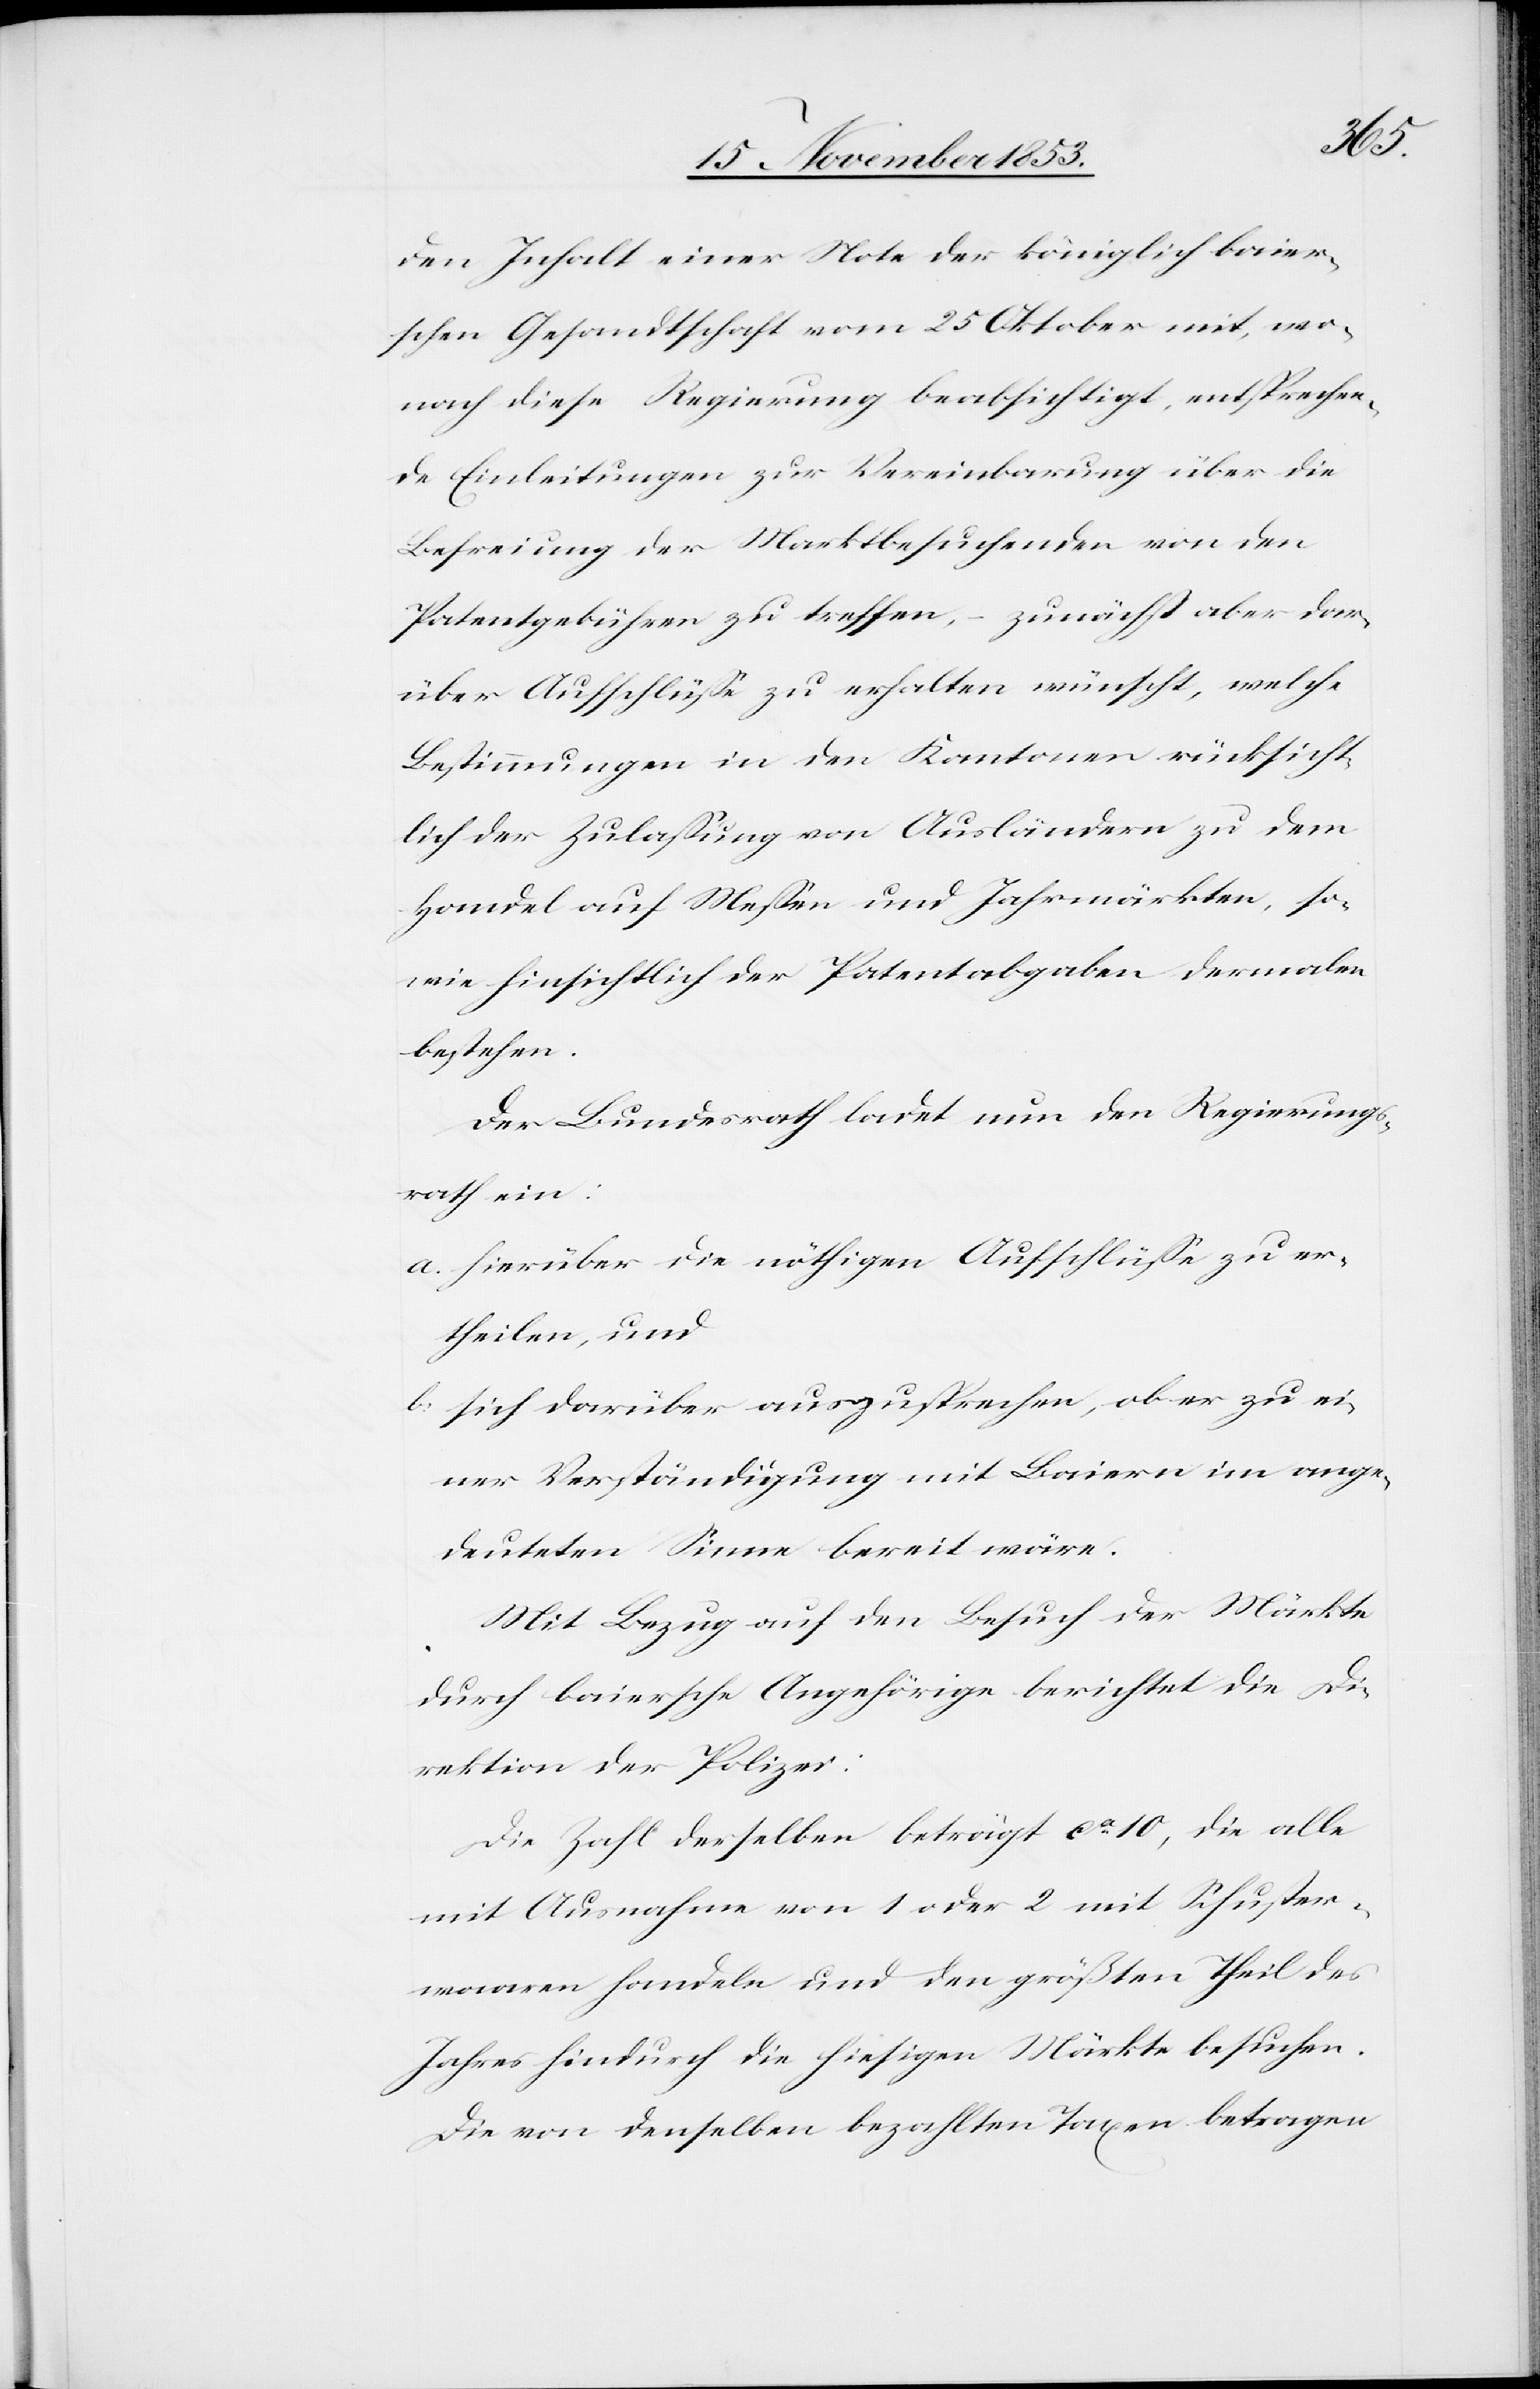
wo¬
den Inhalt einer Note der königlichen
nach diese Regierung beabsichtigt, entsprechen¬
de Einleitungen zur Vereinbarung über die
Befreiung der Marktbesuchenden von den
Patentgebühren zu treffen, – zunächst aber dar¬
über Aufschlüße zu erhalten wünscht, welche
Bestimmungen in den Kantonen rücksicht¬
lich der Zulaßung von Ausländern zu dem
Handel auf Meßen und Jahrmärkten, so¬
wie hinsichtlich der Patentabgaben dermalen
bestehen.
Der Bundesrath ladet nun den Regierungs¬
rath ein:
a. Hierüber die nöthigen Aufschlüße zu er¬
theilen, und
b. sich darüber auszusprechen, ob er zu ei¬
ner Verständigung mit Baiern im ange¬
deuteten Sinne bereit wäre.
Mit Bezug auf den Besuch der Märkte
durch baierische Angehörige berichtet die Di¬
rektion der Polizei:
Die Zahl derselben beträgt ca 10, die alle
mit Ausnahme von 1 oder 2 mit Schuster¬
waaren handeln und den größten Theil des
Jahres hindurch die hiesigen Märkte besuchen.
Die von denselben bezahlten Taxen betragen